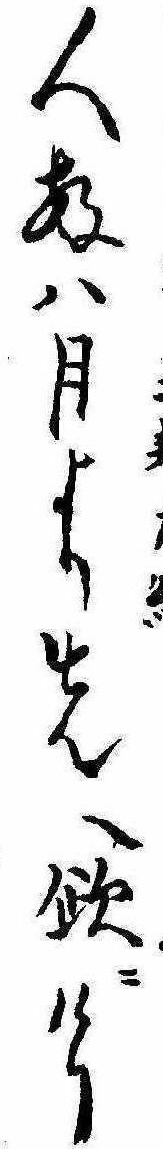
人数は月より先へ欠にけり